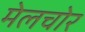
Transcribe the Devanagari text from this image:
मेलचोर